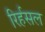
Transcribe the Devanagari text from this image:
रिर्हसल